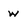
Character: w